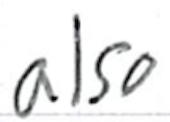
Text: also
Cross-out: clean
Writing tool: ballpoint